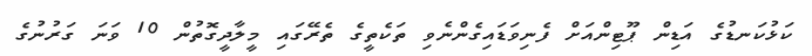
ކަޅުކަނޑުގެ އަޑިން ޕޫޓިންއަށް ފެނިވަޑައިގެންނެވި ތަކެތީގެ ތެރޭގައި މީލާދީގޮތުން 10 ވަނަ ގަރުނުގެ